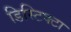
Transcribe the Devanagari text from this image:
डिस्टिक्टा